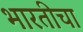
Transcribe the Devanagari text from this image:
भारतीचा